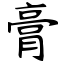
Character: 膏